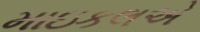
માઇકલએ